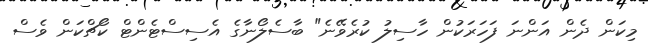
މިކަން ދެން އަންނަ ފަހަރަކުން ހާސިލު ކުރެވޭނެ" ބާސެލޯނާގެ އެސިސްޓެންޓް ކޯޗްކަން ވެސް